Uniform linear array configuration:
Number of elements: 16
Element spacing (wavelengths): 0.75
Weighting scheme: blackman
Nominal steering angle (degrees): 60
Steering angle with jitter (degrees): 60.915
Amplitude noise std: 0.05
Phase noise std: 0.05

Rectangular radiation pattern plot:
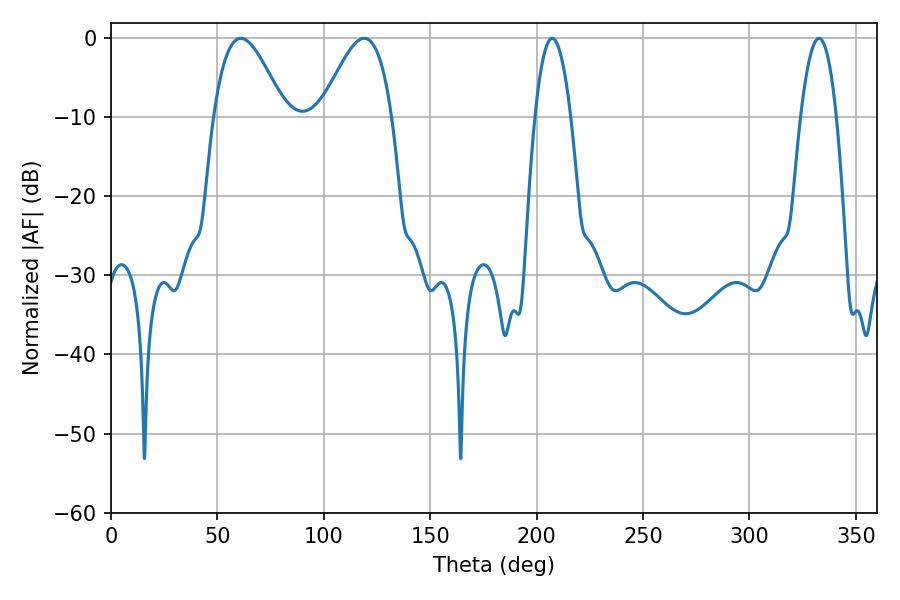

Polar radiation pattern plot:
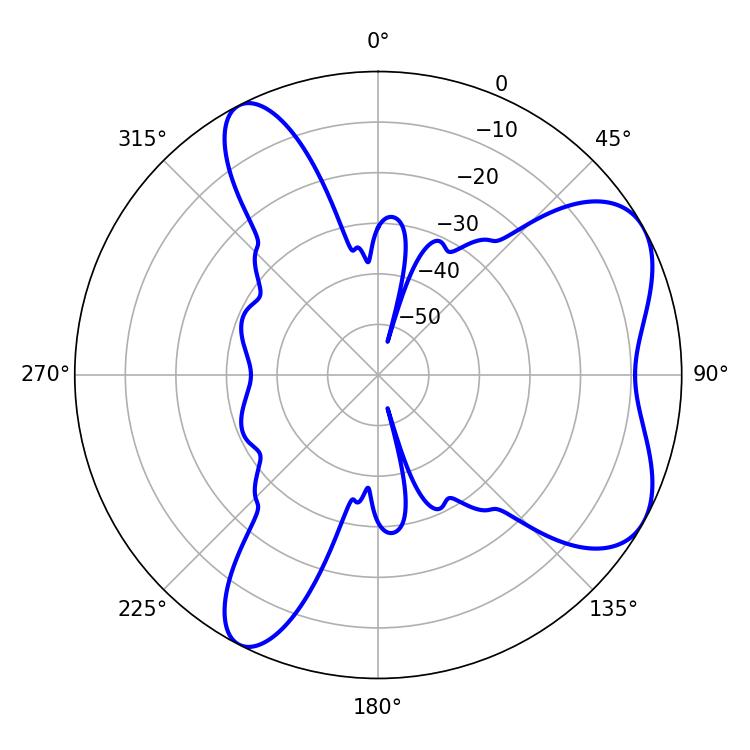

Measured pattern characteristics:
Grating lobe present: TRUE
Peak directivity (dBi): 6.258
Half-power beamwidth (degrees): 17.82
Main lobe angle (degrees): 61.02